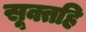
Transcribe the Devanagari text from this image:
सूक्तहि